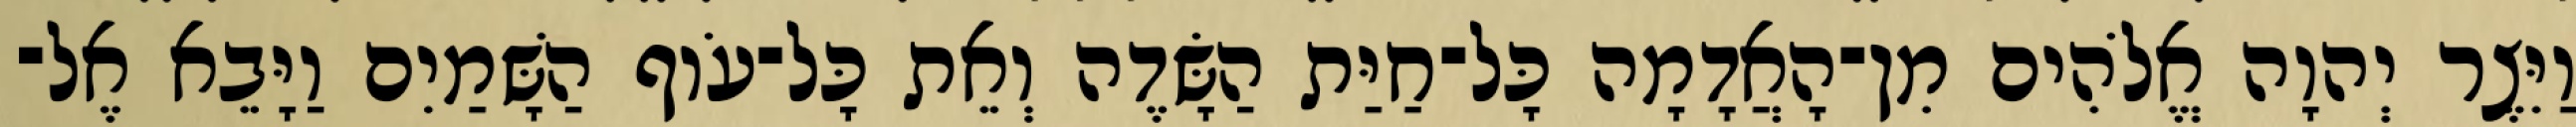
וַיִּצֶר יְהוָה אֱלֹהִים מִן־הָאֲדָמָה כָּל־חַיַּת הַשָּׂדֶה וְאֵת כָּל־עֹוף הַשָּׁמַיִם וַיָּבֵא אֶל־